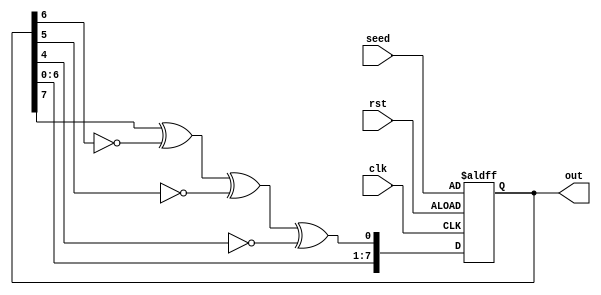
//Instance of systolic array
`timescale 1ns/100ps
module lfsr (out, clk, rst, seed);

  output reg [7:0] out;
  input clk, rst;
  input [7:0] seed;

  wire feedback;

  assign feedback = out[7] ^ ~out[6] ^ ~out[5] ^ ~out[4];

always @(posedge clk, posedge rst)
  begin
    if (rst)
      out = seed;
    else
      out = {out[6:0],feedback};
  end
endmodule